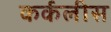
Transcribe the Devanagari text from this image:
कर्कलीस